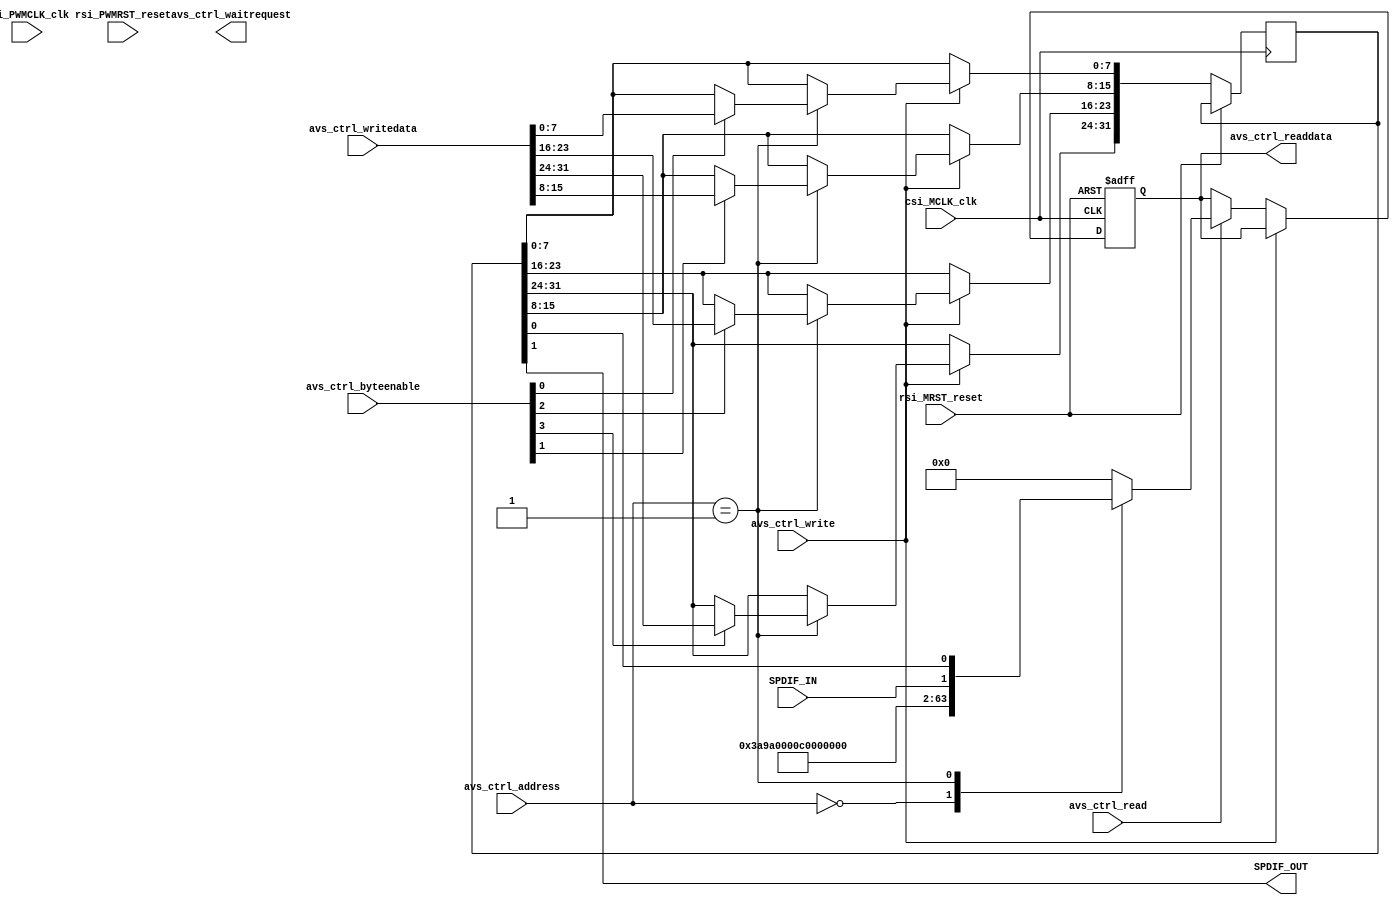
module sdi_interface(
// Qsys bus interface	
		input					rsi_MRST_reset,
		input					csi_MCLK_clk,
		input		[31:0]	avs_ctrl_writedata,
		output	[31:0]	avs_ctrl_readdata,
		input		[3:0]		avs_ctrl_byteenable,
		input		[2:0]		avs_ctrl_address,
		input					avs_ctrl_write,
		input					avs_ctrl_read,
		output				avs_ctrl_waitrequest,
		
		input					rsi_PWMRST_reset,
      input					csi_PWMCLK_clk,
//sdi_interface		
		input  SPDIF_IN,	
		output SPDIF_OUT		
		);
//Qsys controller		
	reg [31:0] read_data;  	
	reg [31:0] sdi_state;
	assign	avs_ctrl_readdata = read_data;
	always@(posedge csi_MCLK_clk or posedge rsi_MRST_reset)
	begin
		if(rsi_MRST_reset) begin
			read_data <= 0;
		end
		else if(avs_ctrl_write) 
		begin
			case(avs_ctrl_address)
				1: begin
					if(avs_ctrl_byteenable[3]) sdi_state[31:24] <= avs_ctrl_writedata[31:24];
					if(avs_ctrl_byteenable[2]) sdi_state[23:16] <= avs_ctrl_writedata[23:16];
					if(avs_ctrl_byteenable[1]) sdi_state[15:8]  <= avs_ctrl_writedata[15:8];
					if(avs_ctrl_byteenable[0]) sdi_state[7:0]   <= avs_ctrl_writedata[7:0];
				end
				default:;
			endcase
	   end
		else if(avs_ctrl_read)
		begin
			case(avs_ctrl_address)
				0: read_data <= 32'hEA680003;
				1: read_data <= {30'b0,SPDIF_IN,sdi_state[0]};
				default: read_data <= 32'b0;
			endcase
		end
	end
	assign SPDIF_OUT = sdi_state[1];
endmodule